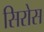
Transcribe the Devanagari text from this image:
सिरोस